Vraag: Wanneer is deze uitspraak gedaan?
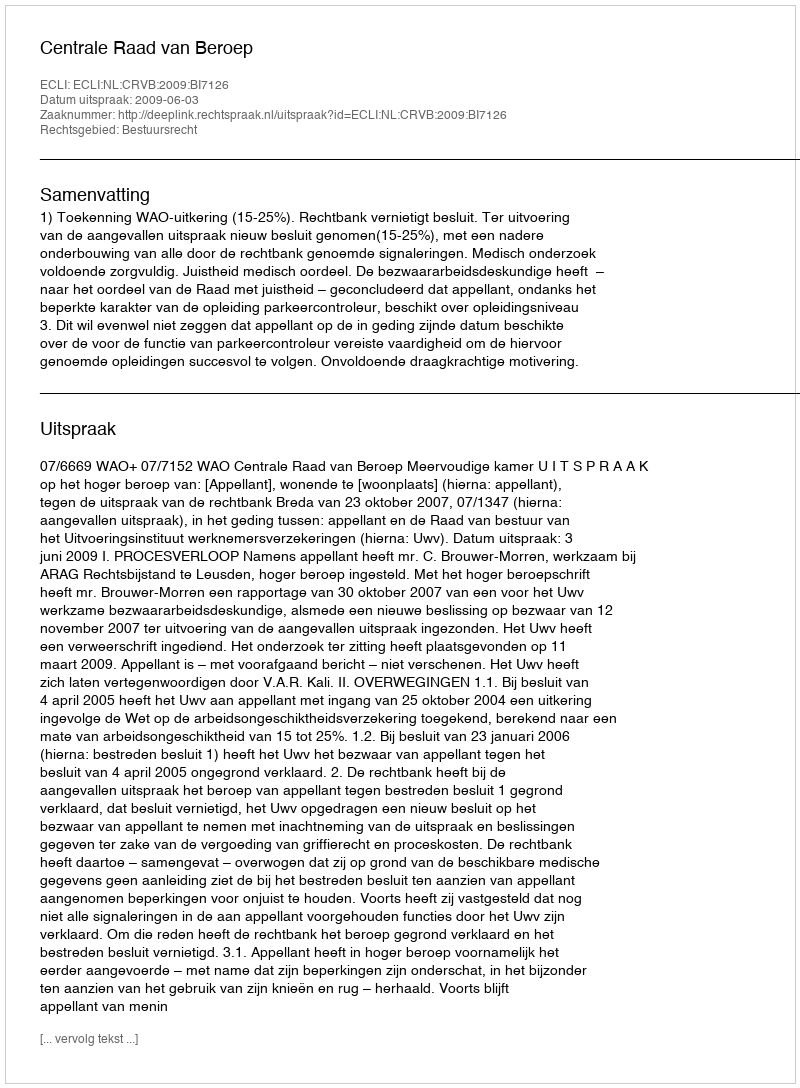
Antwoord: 2009-06-03